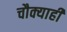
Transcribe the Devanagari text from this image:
चौक्याही